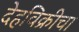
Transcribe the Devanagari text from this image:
देहविक्रीचा